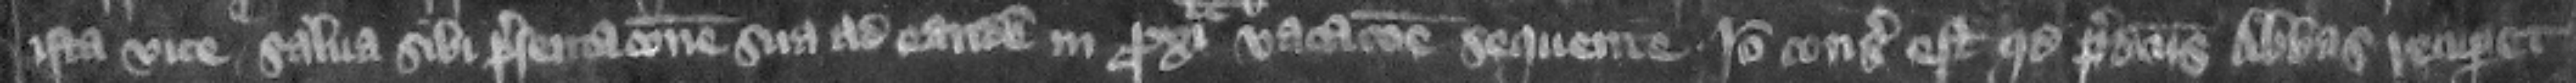
ista vice salua sibi presentacione sua ad eandem in proxima vacacione sequente. Ideo consideratum est quod predicts abbas recuperet